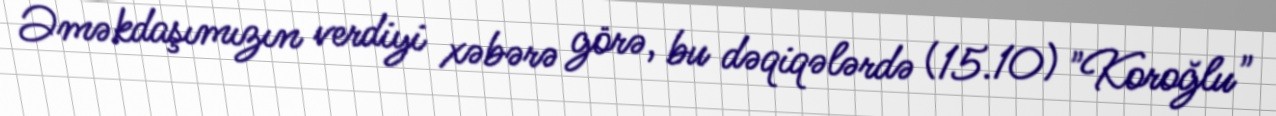
Əməkdaşımızın verdiyi xəbərə görə, bu dəqiqələrdə (15.10) "Koroğlu"